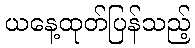
ယနေ့ထုတ်ပြန်သည့်